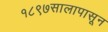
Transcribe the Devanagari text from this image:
१८९७सालापासून